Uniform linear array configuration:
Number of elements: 4
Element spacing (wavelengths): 0.25
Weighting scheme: hann
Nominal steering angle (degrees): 45
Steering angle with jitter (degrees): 46.164
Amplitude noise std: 0.05
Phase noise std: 0.05

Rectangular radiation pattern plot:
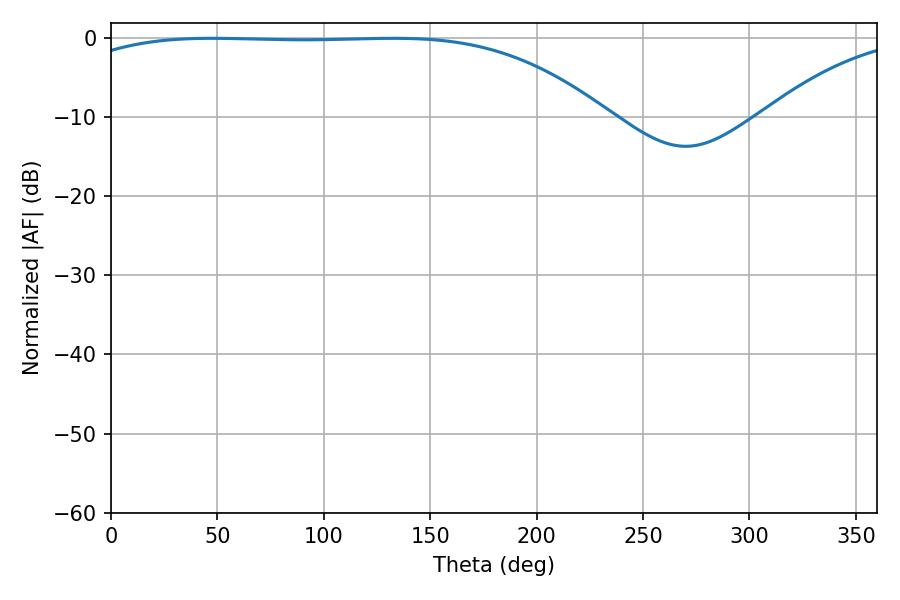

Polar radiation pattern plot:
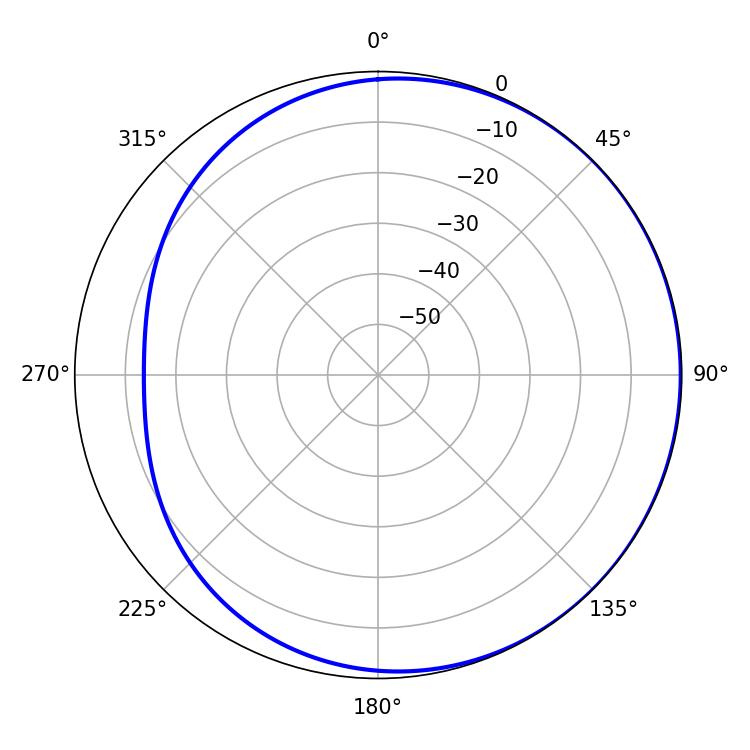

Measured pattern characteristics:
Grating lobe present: FALSE
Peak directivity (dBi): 0.8938
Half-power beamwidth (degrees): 195.3
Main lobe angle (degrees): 47.34